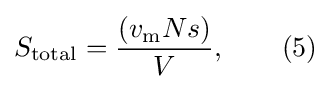
S_{\mathrm {total} }={\frac {\left(v_{\mathrm {m} }Ns\right)}{V}},\qquad (5)